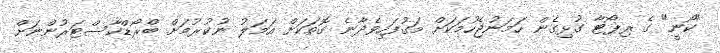
"ކޯނީ" ގެ ރިޕޯޓާ ގުޅިގެން ހަމަނުޖެހުމަކަށް މަގުފަހިވެދާނެ ގޮތަކަށް އަމަލު ނުކުރުމަށް ބްރޯޑްކާސްޓަރުންނަށް